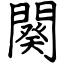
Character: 闋